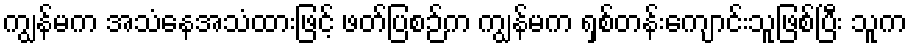
ကျွန်မက အသံနေအသံထားဖြင့် ဖတ်ပြစဉ်က ကျွန်မက ရှစ်တန်းကျောင်းသူဖြစ်ပြီး သူက